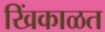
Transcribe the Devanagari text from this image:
खिंकाळत